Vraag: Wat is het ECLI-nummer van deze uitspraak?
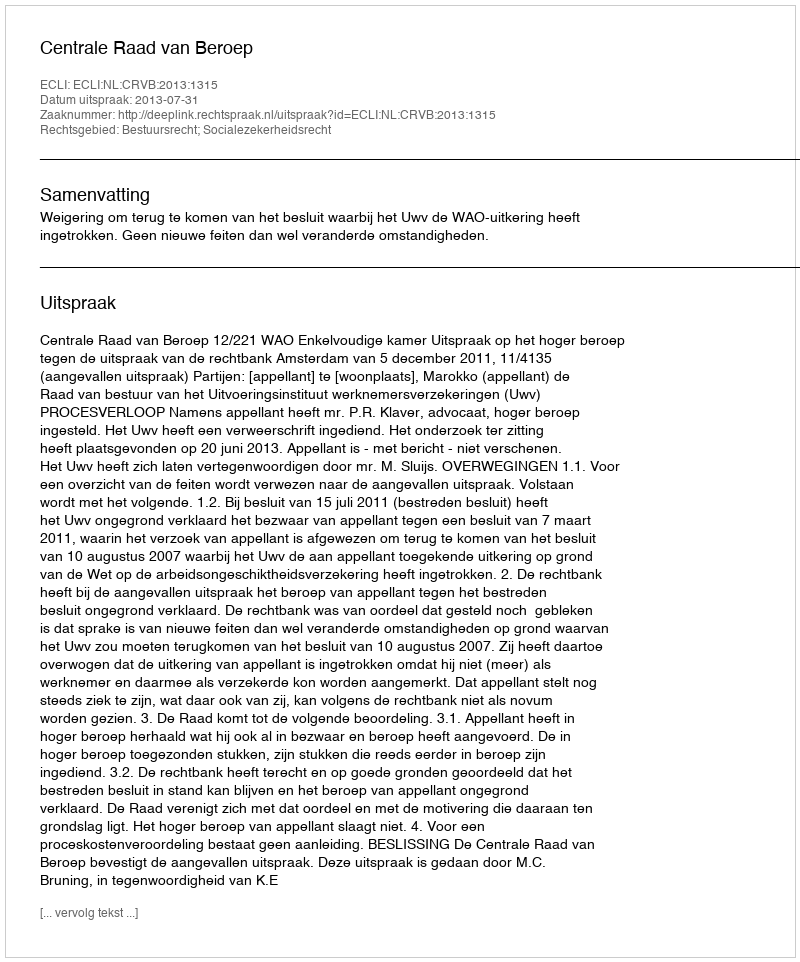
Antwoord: ECLI:NL:CRVB:2013:1315